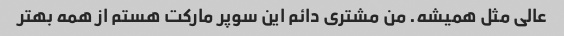
عالی مثل همیشه. من مشتری دائم این سوپر مارکت هستم از همه بهتر